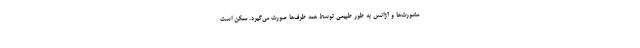
مشورت‌ها و آژانس به طور طبیعی توسط همه طرف‌ها صورت می‌گیرد. ممکن است